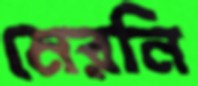
মেরনি